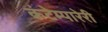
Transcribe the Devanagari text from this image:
कंटेम्पारेरी